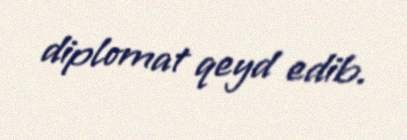
diplomat qeyd edib.